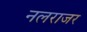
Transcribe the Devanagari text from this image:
नलराजर